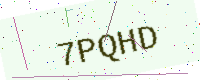
Text: 7PQHD